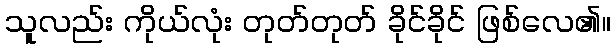
သူလည်း ကိုယ်လုံး တုတ်တုတ် ခိုင်ခိုင် ဖြစ်လေ၏။